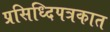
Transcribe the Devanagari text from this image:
प्रसिध्दिपत्रकात